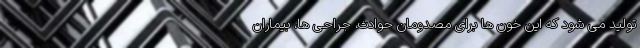
تولید می شود که این خون ها برای مصدومان حوادث، جراحی ها، بیماران